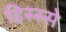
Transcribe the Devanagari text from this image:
हिस्‍स्‍से